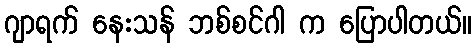
ဂျာရက် နေးသန် ဘစ်စင်ဂါ က ပြောပါတယ်။